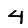
Digit: 4